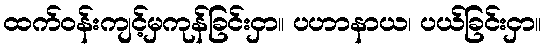
ထက်ဝန်းကျင့်မှကုန်ခြင်းငှာ။ ပဟာနာယ၊ ပယ်ခြင်းငှာ။